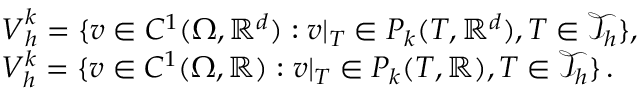
\begin{array} { r l } & { \boldsymbol { V } _ { h } ^ { k } = \{ \boldsymbol { v } \in C ^ { 1 } ( \Omega , \mathbb { R } ^ { d } ) : \boldsymbol { v } | _ { T } \in P _ { k } ( T , \mathbb { R } ^ { d } ) , T \in \mathcal { T } _ { h } \} , } \\ & { V _ { h } ^ { k } = \{ v \in C ^ { 1 } ( \Omega , \mathbb { R } ) : v | _ { T } \in P _ { k } ( T , \mathbb { R } ) , T \in \mathcal { T } _ { h } \} \, . } \end{array}